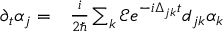
\begin{array} { r l } { \partial _ { t } \alpha _ { j } = } & { { } \frac { i } { 2 \hbar } \sum _ { k } \mathcal { E } e ^ { - i \Delta _ { j k } t } d _ { j k } \alpha _ { k } } \end{array}